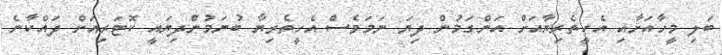
ބަލި މީހާއަށާއި އެހީތެރިޔާއަށް އަންގަމުން ދިޔަ ނަމަވެސް އެހީތެރިޔާ ބުނަމުންދިޔައީ ކޮޓަރިއަށް ދައްކާނެ